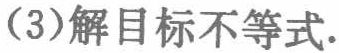
(3)解目标不等式.